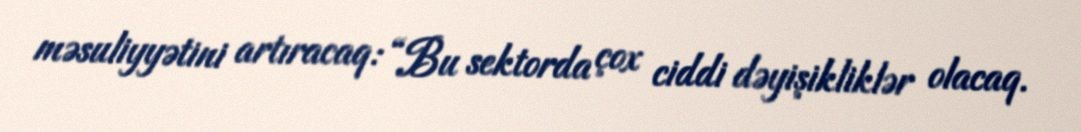
məsuliyyətini artıracaq: “Bu sektorda çox ciddi dəyişikliklər olacaq.